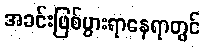
အခင်းဖြစ်ပွားရာနေရာတွင်